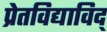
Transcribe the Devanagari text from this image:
प्रेतविद्याविद्